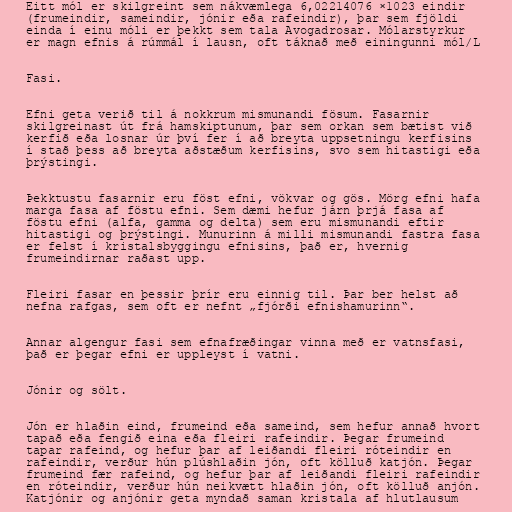
Eitt mól er skilgreint sem nákvæmlega 6,02214076 ×1023 eindir
(frumeindir, sameindir, jónir eða rafeindir), þar sem fjöldi
einda í einu móli er þekkt sem tala Avogadrosar. Mólarstyrkur
er magn efnis á rúmmál í lausn, oft táknað með einingunni mól/L

Fasi.

Efni geta verið til á nokkrum mismunandi fösum. Fasarnir
skilgreinast út frá hamskiptunum, þar sem orkan sem bætist við
kerfið eða losnar úr því fer í að breyta uppsetningu kerfisins
í stað þess að breyta aðstæðum kerfisins, svo sem hitastigi eða
þrýstingi.

Þekktustu fasarnir eru föst efni, vökvar og gös. Mörg efni hafa
marga fasa af föstu efni. Sem dæmi hefur járn þrjá fasa af
föstu efni (alfa, gamma og delta) sem eru mismunandi eftir
hitastigi og þrýstingi. Munurinn á milli mismunandi fastra fasa
er felst í kristalsbyggingu efnisins, það er, hvernig
frumeindirnar raðast upp.

Fleiri fasar en þessir þrír eru einnig til. Þar ber helst að
nefna rafgas, sem oft er nefnt „fjórði efnishamurinn“.

Annar algengur fasi sem efnafræðingar vinna með er vatnsfasi,
það er þegar efni er uppleyst í vatni.

Jónir og sölt.

Jón er hlaðin eind, frumeind eða sameind, sem hefur annað hvort
tapað eða fengið eina eða fleiri rafeindir. Þegar frumeind
tapar rafeind, og hefur þar af leiðandi fleiri róteindir en
rafeindir, verður hún plúshlaðin jón, oft kölluð katjón. Þegar
frumeind fær rafeind, og hefur þar af leiðandi fleiri rafeindir
en róteindir, verður hún neikvætt hlaðin jón, oft kölluð anjón.
Katjónir og anjónir geta myndað saman kristala af hlutlausum